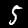
Label: 5